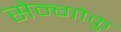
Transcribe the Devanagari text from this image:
सेन्गोकु